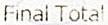
FINAL TOTAL